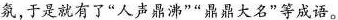
氛，于是就有了”人声鼎沸””鼎鼎大名”等成语。